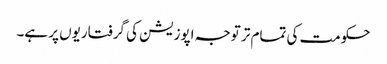
حکومت کی تمام تر توجہ اپوزیشن کی گرفتاریوں پر ہے۔